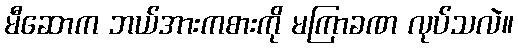
မီဆောက ဘယ်အားကစားကို မကြာခဏ လုပ်သလဲ။